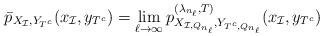
LaTeX: \begin{align*}\bar p_{X_{\mathcal{I}},Y_{T^c}}(x_\mathcal{I},y_{T^c}) =\lim_{\ell \rightarrow \infty} p_{X_{\mathcal{I},Q_{n_\ell}},Y_{T^c,Q_{n_\ell}}}^{(\lambda_{n_\ell}, T)}(x_\mathcal{I},y_{T^c}) \end{align*}